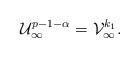
LaTeX: \begin{align*} \mathcal U_\infty^{p-1-\alpha} = \mathcal V_\infty^{k_1}.\end{align*}